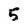
Character: 5